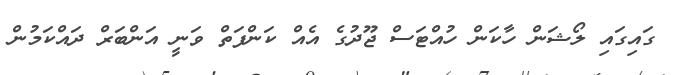
ގައިގައި ލޯޝަން ހާކަން ހުއްޓަސް ޖޫދުގެ އެއް ކަންފަތް ވަނީ އަންބަރް ދައްކަމުން